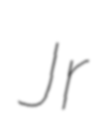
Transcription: Jr